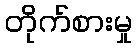
တိုက်စားမှု